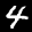
Label: 4